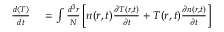
\begin{array} { r l } { \frac { d \langle T \rangle } { d t } } & { { } = \int \frac { d ^ { 3 } r } { N } \left[ n ( \boldsymbol { r } , t ) \frac { \partial T ( \boldsymbol { r } , t ) } { \partial t } + T ( \boldsymbol { r } , t ) \frac { \partial n ( \boldsymbol { r } , t ) } { \partial t } \right] } \end{array}